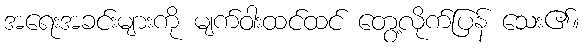
အရေးအခင်းများကို မျက်ဝါးထင်ထင် တွေ့လိုက်ပြန် သေး၏။